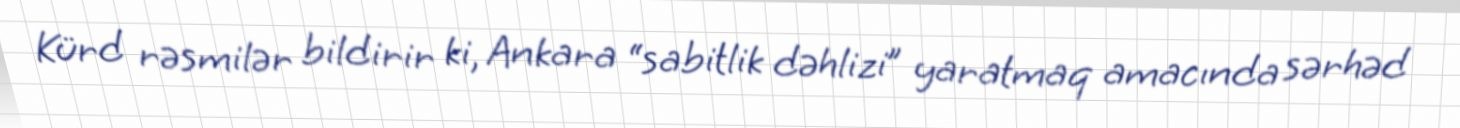
Kürd rəsmilər bildirir ki, Ankara “sabitlik dəhlizi” yaratmaq amacında sərhəd